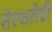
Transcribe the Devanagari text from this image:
सेल्सलेडी